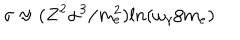
LaTeX: \sigma \approx ( Z ^ { 2 } \alpha ^ { 3 } / m _ { e } ^ { 2 } ) l n ( \omega _ { \gamma } / m _ { e } )